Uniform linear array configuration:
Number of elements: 48
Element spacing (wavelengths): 1
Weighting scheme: hamming
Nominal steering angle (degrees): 60
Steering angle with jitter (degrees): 61.793
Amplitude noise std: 0.05
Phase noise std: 0.05

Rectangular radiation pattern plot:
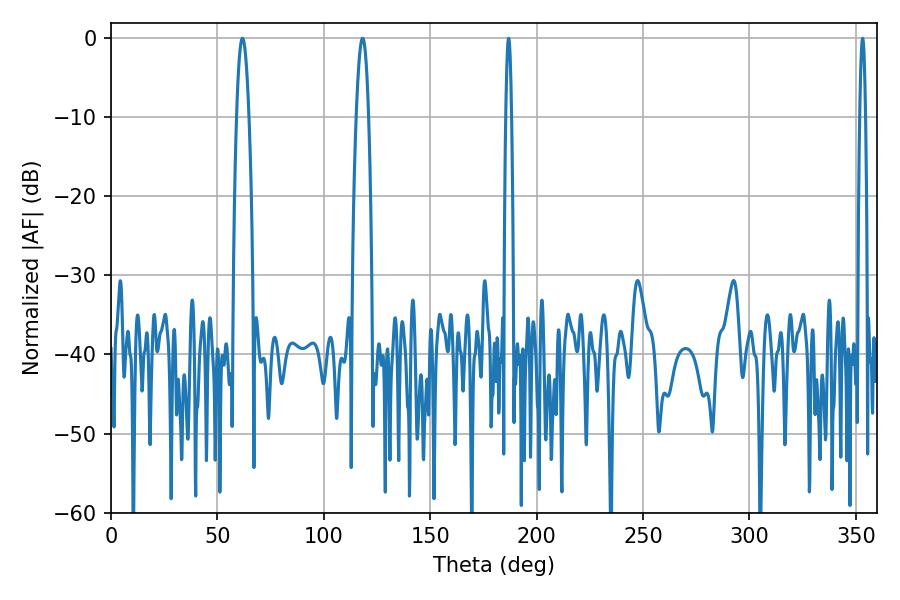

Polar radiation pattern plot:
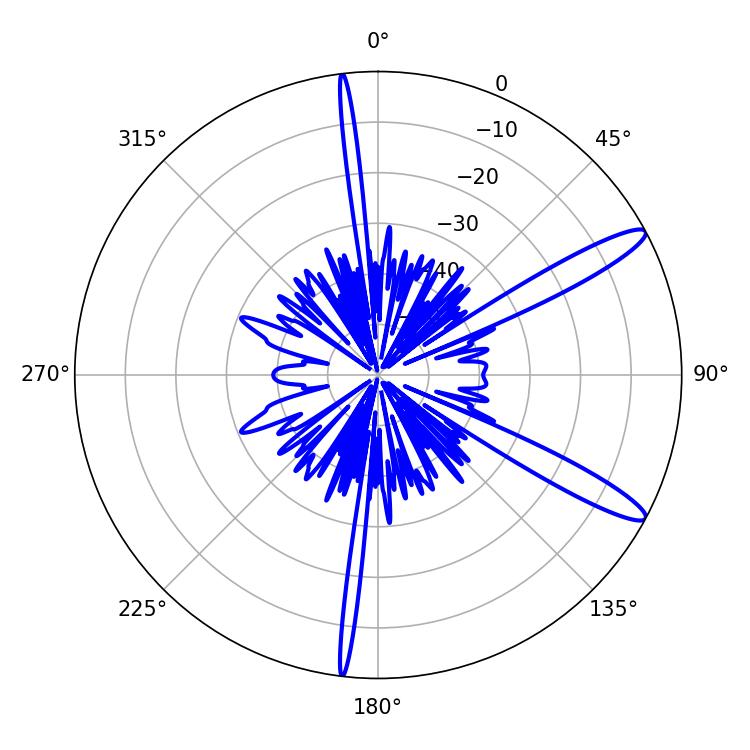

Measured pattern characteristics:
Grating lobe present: TRUE
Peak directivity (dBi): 12.998
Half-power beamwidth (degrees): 1.44
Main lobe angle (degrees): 353.16